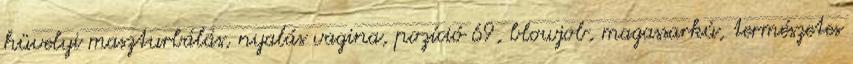
hüvelyi maszturbálás, nyalás vagina, pozíció 69, blowjob, magassarkú, természetes